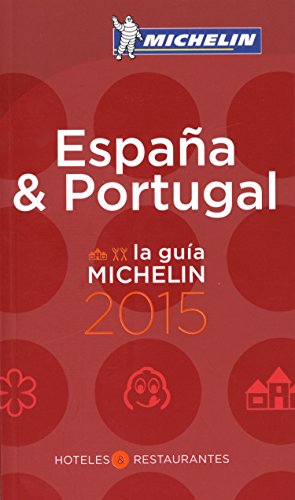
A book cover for MICHELIN Guide EspaÃ±a/Portugal 2015 (Michelin Guide/Michelin) (Spanish Edition); Michelin; Travel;